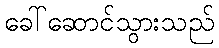
ခေါ်ဆောင်သွားသည်